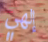
إلهي